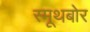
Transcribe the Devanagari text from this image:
स्मूथबोर